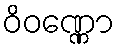
ဝိဝဏ္ဏော